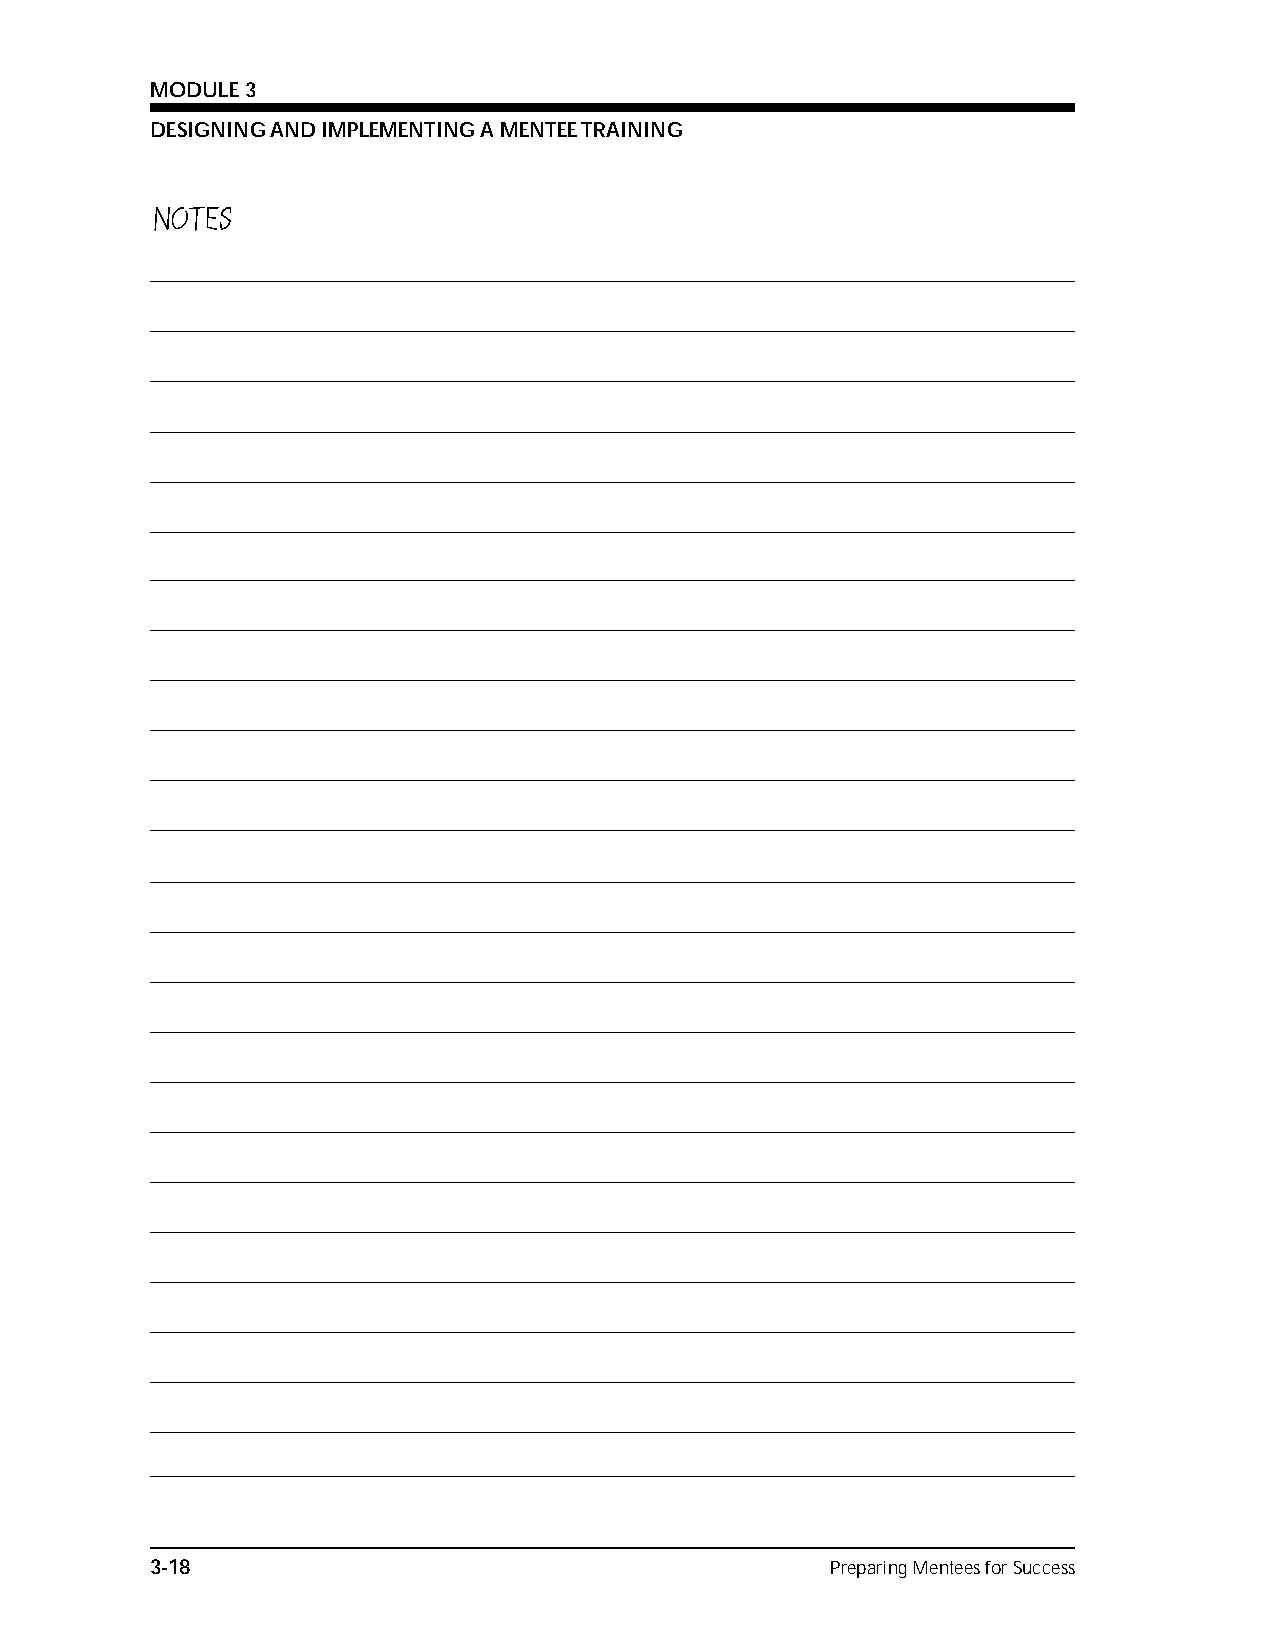
MODULE 3
 DESIGNING AND IMPLEMENTING A MENTEE TRAINING
 NOTES
 3-18                                         Preparing Mentees for Success